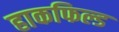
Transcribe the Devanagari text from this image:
हाकफिल्ड